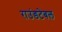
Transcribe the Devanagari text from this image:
राउंडटेबल